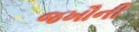
જખૌની